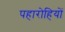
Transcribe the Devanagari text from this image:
पहारोहियों